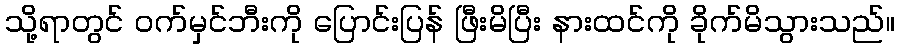
သို့ရာတွင် ဝက်မှင်ဘီးကို ပြောင်းပြန် ဖြီးမိပြီး နားထင်ကို ခိုက်မိသွားသည်။